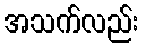
အသက်လည်း